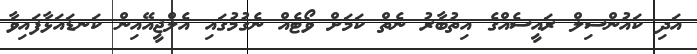
އަދި ކައުންސިލް ރައީސެއްގެ އިތުބާރު ނެތް ކަމަށް ވޯޓެއް ނެގުމުގައި އެލްޖީއޭއިން ކަނޑައަޅާފައިވާ